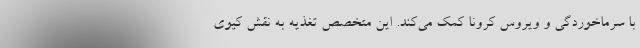
با سرماخوردگی و ویروس کرونا کمک می‌کند. این متخصص تغذیه به نقش کیوی